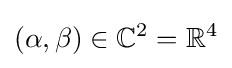
(\alpha ,\beta )\in \mathbb {C} ^{2}=\mathbb {R} ^{4}